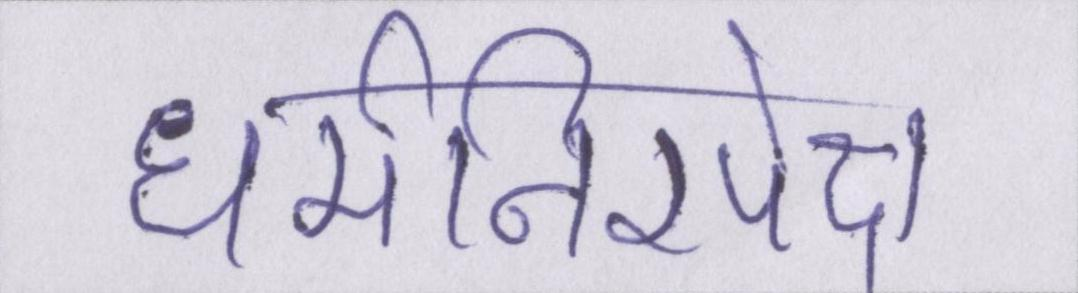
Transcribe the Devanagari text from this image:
धर्मनिरपेक्ष